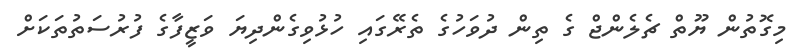
މިގޮތުން ޔޫތް ޗެލެންޖް ގެ ތިން ދުވަހުގެ ތެރޭގައި ހުޅުވިގެންދިޔަ ވަޒީފާގެ ފުރުސަތުތަކަށް